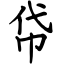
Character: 帒